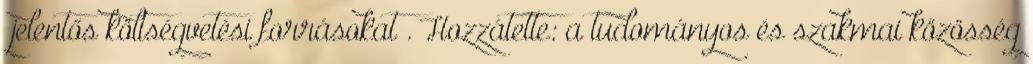
„jelentős költségvetési forrásokat”. Hozzátette: a tudományos és szakmai közösség